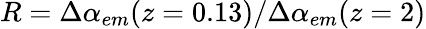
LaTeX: R=\Delta\alpha_{em}(z=0.13)/\Delta\alpha_{em}(z=2)